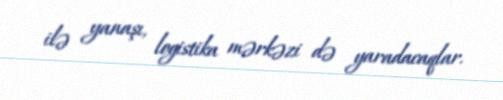
ilə yanaşı, logistika mərkəzi də yaradacaqlar.